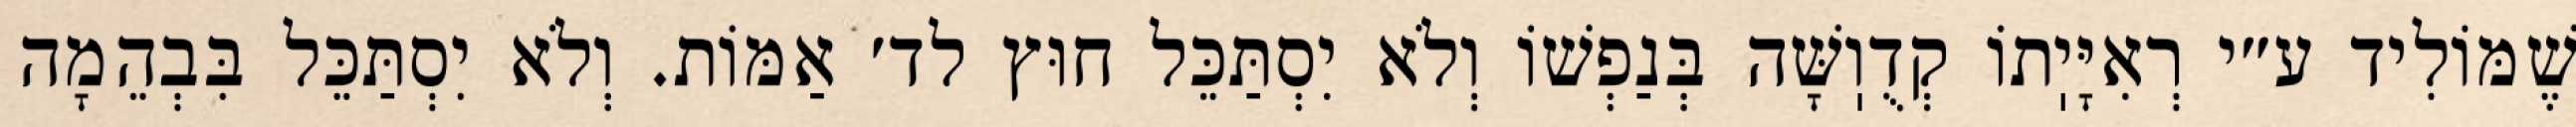
שֶׁמּוֹלִיד ע״י רְאִיָּיֽתוֹ קְדֻוֽשָּׁה בְּנַפְשׁוֹ וְלֹא יִסְתַּכֵּל חוּץ לד׳ אַמּוֹת. וְלֹא יִסְתַּכֵּל בִּבְהֵמָה